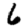
Digit: 6